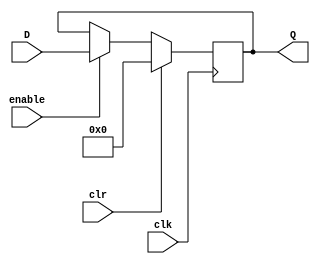
module mdr_reg(D, Q, clk, clr, enable);
	input [31:0] D;
	input clk, clr, enable;
	output [31:0] Q;
	reg [31:0] Q;
	
	always @(posedge clk)
	begin
		if(clr)
			Q <= 0;
		else if(enable)
			Q <= D;
	end
endmodule